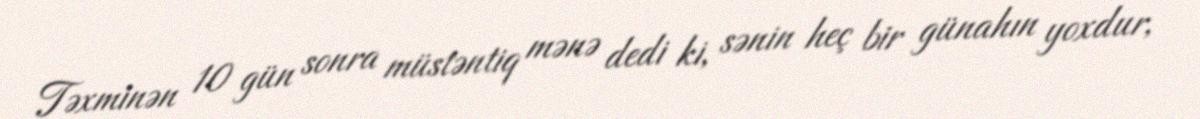
Təxminən 10 gün sonra müstəntiq mənə dedi ki, sənin heç bir günahın yoxdur,